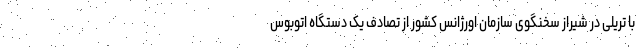
با تریلی در شیراز سخنگوی سازمان اورژانس کشور از تصادف یک دستگاه اتوبوس